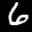
Label: 6